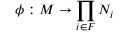
\phi : M \to \prod _ { i \in F } N _ { i }